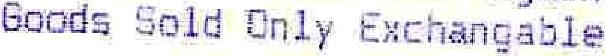
GOODS SOLD ONLY EXCHANGABLE